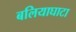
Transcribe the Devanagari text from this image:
बलियाघाटा